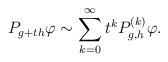
LaTeX: \begin{align*}P_{g+th}\varphi \sim \sum_{k=0}^{\infty }t^{k}P_{g,h}^{\left( k\right)}\varphi . \end{align*}